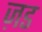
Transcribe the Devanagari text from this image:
ज़ड